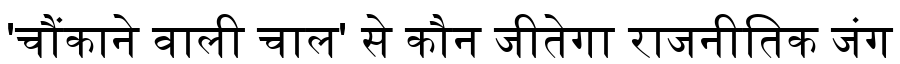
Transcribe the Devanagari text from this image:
'चौंकाने वाली चाल' से कौन जीतेगा राजनीतिक जंग